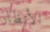
الأنظار